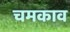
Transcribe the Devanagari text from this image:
चमकाव